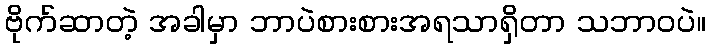
ဗိုက်ဆာတဲ့ အခါမှာ ဘာပဲစားစားအရသာရှိတာ သဘာဝပဲ။